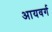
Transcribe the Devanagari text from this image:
आयवर्ग